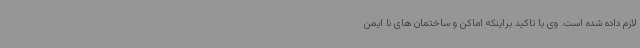
لازم داده شده است. وی با تاکید براینکه اماکن و ساختمان های نا ایمن